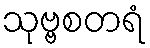
သုဗ္ဗစတရံ